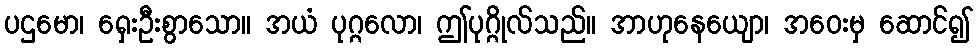
ပဌမော၊ ရှေးဦးစွာသော။ အယံ ပုဂ္ဂလော၊ ဤပုဂ္ဂိုလ်သည်။ အာဟုနေယျော၊ အဝေးမှ ဆောင်၍